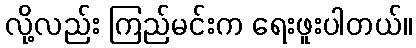
လို့လည်း ကြည်မင်းက ရေးဖူးပါတယ်။